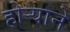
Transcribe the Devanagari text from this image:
होऱ्याने